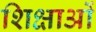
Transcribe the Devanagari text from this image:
शिक्षाआें